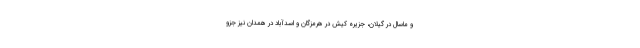
و ماسال در گیلان، جزیره کیش در هرمزگان و اسدآباد در همدان نیز جزو